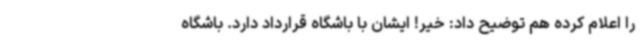
را اعلام کرده هم توضیح داد: خیر! ایشان با باشگاه قرارداد دارد. باشگاه